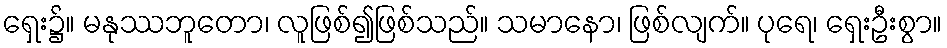
ရှေး၌။ မနုဿဘူတော၊ လူဖြစ်၍ဖြစ်သည်။ သမာနော၊ ဖြစ်လျက်။ ပုရေ၊ ရှေးဦးစွာ။